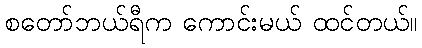
စတော်ဘယ်ရီက ကောင်းမယ် ထင်တယ်။